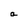
Character: a